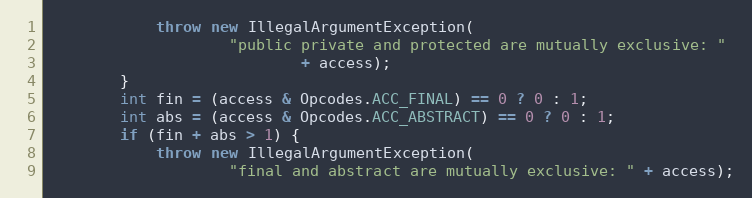
Language: Java
            throw new IllegalArgumentException(
                    "public private and protected are mutually exclusive: "
                            + access);
        }
        int fin = (access & Opcodes.ACC_FINAL) == 0 ? 0 : 1;
        int abs = (access & Opcodes.ACC_ABSTRACT) == 0 ? 0 : 1;
        if (fin + abs > 1) {
            throw new IllegalArgumentException(
                    "final and abstract are mutually exclusive: " + access);